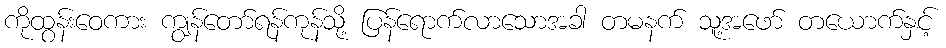
ကိုထွန်းဝေကား ကျွန်တော်ရန်ကုန်သို့ ပြန်ရောက်လာသောအခါ တမနက် သူ့အဖော် တယောက်နှင့်